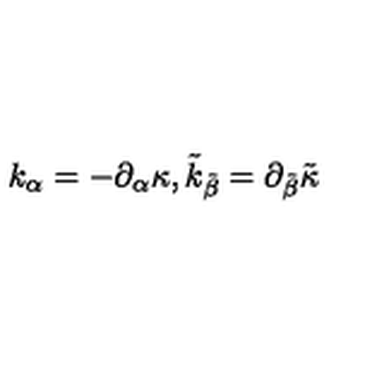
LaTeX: k _ { \alpha } = - \partial _ { \alpha } \kappa , \tilde { k } _ { \tilde { \beta } } = \partial _ { \tilde { \beta } } \tilde { \kappa }